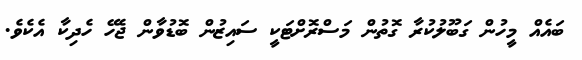
ބައެއް މީހުން ގަބޫލުކުރާ ގޮތުން މަސްރޮށްޓަކީ ސައިޒުން ބޮޑުވާން ޖެހޭ ހެދިކާ އެކެވެ.